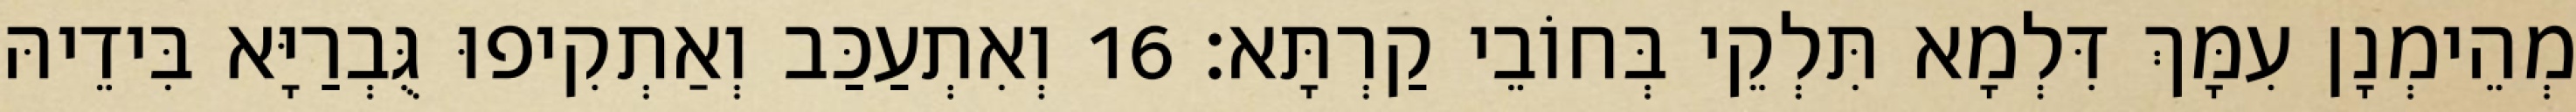
מְהֵימְנָן עִמָּךְ דִּלְמָא תִּלְקֵי בְּחוֹבֵי קַרְתָּא׃ 16 וְאִתְעַכַּב וְאַתְקִיפוּ גֻּבְרַיָּא בִּידֵיהּ